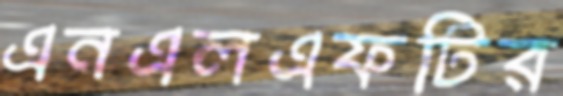
এনএলএফটির